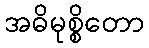
အဓိမုစ္စိတော